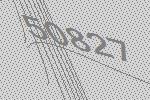
50827